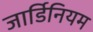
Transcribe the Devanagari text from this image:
जार्डिनियम